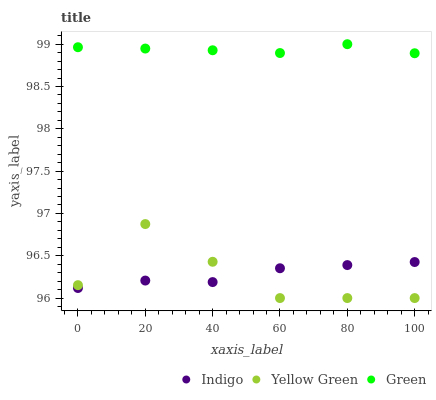
| xaxis_label | Indigo | Yellow Green | Green |
 | --- | --- | --- | --- |
 | 0 | 96.1 | 96.2 | 99 |
 | 20 | 96.2 | 96.9 | 98.9 |
 | 40 | 96.2 | 96.4 | 98.9 |
 | 60 | 96.4 | 96 | 98.9 |
 | 80 | 96.4 | 96 | 99 |
 | 100 | 96.4 | 96 | 98.9 |